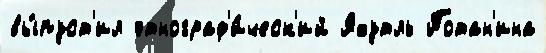
вы́пуст'ил этнограф'и́ческ'ий Яхутль Потан'ина